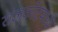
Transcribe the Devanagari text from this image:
राजकोटमध्ये